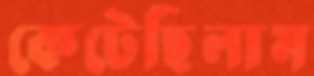
কেটেছিলাম